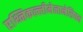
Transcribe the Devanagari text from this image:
एथ्निकल्लीमेलानेसियन